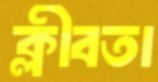
ক্লীবতা